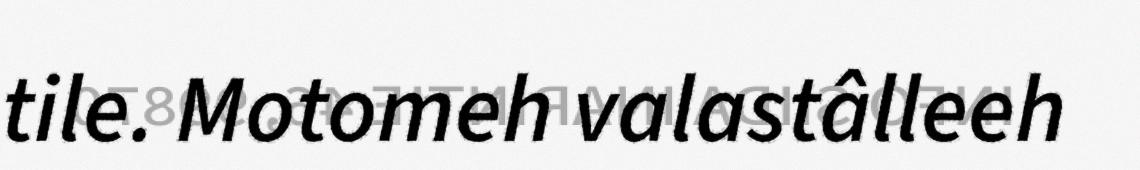
tile. Motomeh valastâlleeh